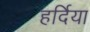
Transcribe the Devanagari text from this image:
हर्दिया